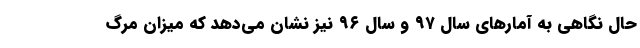
حال نگاهی به آمارهای سال ۹۷ و سال ۹۶ نیز نشان می‌دهد که میزان مرگ